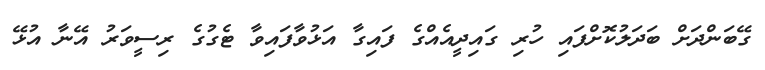
ގޭބަންދަށް ބަދަލުކޮށްފައި ހުރި ގައިދީއެއްގެ ފައިގާ އަޅުވާފައިވާ ޓެގުގެ ރިސީވަރު އޭނާ އުޅޭ